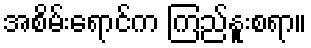
အစိမ်းရောင်က ကြည်နူးစရာ။